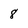
Character: 8